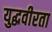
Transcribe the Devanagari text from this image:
युद्धवीरता